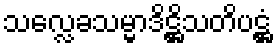
သလ္လေခသမ္မာဒိဋ္ဌိသတိပဋ္ဌံ